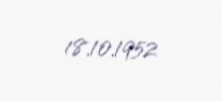
18.10.1952